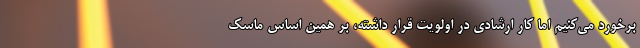
برخورد می‌کنیم اما کار ارشادی در اولویت قرار داشته، بر همین اساس ماسک